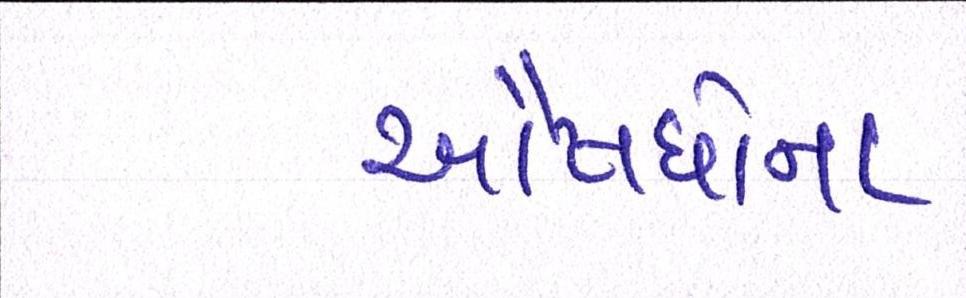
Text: ઔષધોના